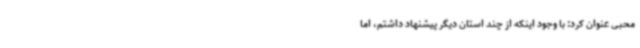
محبی عنوان کرد: با وجود اینکه از چند استان دیگر پیشنهاد داشتم، اما